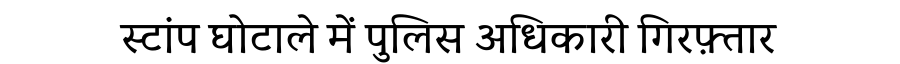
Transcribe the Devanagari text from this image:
स्टांप घोटाले में पुलिस अधिकारी गिरफ़्तार